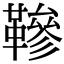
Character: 𩌰